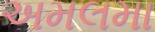
અમલમા